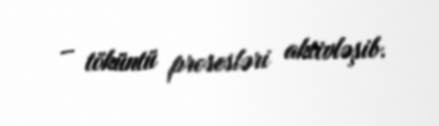
– töküntü prosesləri aktivləşib.